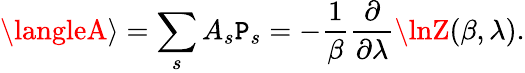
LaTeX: \langleA\rangle=\sum_{s}A_{s}\mathtt{P}_{s}=-{\frac{{1}}{{\beta}}}{\frac{{\partial}}{{\partial\lambda}}}\lnZ(\beta,\lambda).